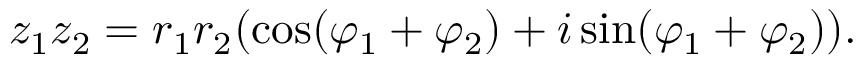
z _ { 1 } z _ { 2 } = r _ { 1 } r _ { 2 } ( \cos ( \varphi _ { 1 } + \varphi _ { 2 } ) + i \sin ( \varphi _ { 1 } + \varphi _ { 2 } ) ) .